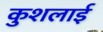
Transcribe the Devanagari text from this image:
कुशलाई